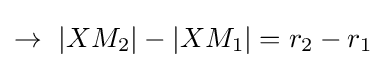
\rightarrow \ |XM_{2}|-|XM_{1}|=r_{2}-r_{1}